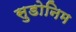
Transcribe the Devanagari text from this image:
सुडोनिम